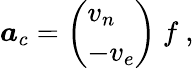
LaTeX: {\boldsymbol{a}}_{c}={\left(\begin{array}{l}{v_{n}}\\ {-v_{e}}\end{array}\right)}\ f\ ,